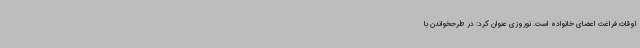
اوقات فراغت اعضای خانواده است. نوروزی عنوان کرد: در طرحخواندن با